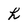
Character: h